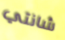
شانتي